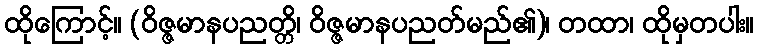
ထိုကြောင့်။ (ဝိဇ္ဇမာနပညတ္တိ၊ ဝိဇ္ဇမာနပညတ်မည်၏)၊ တထာ၊ ထိုမှတပါး။